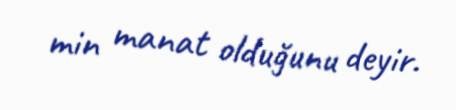
min manat olduğunu deyir.